Tartu_linnavalitsus, lk 7
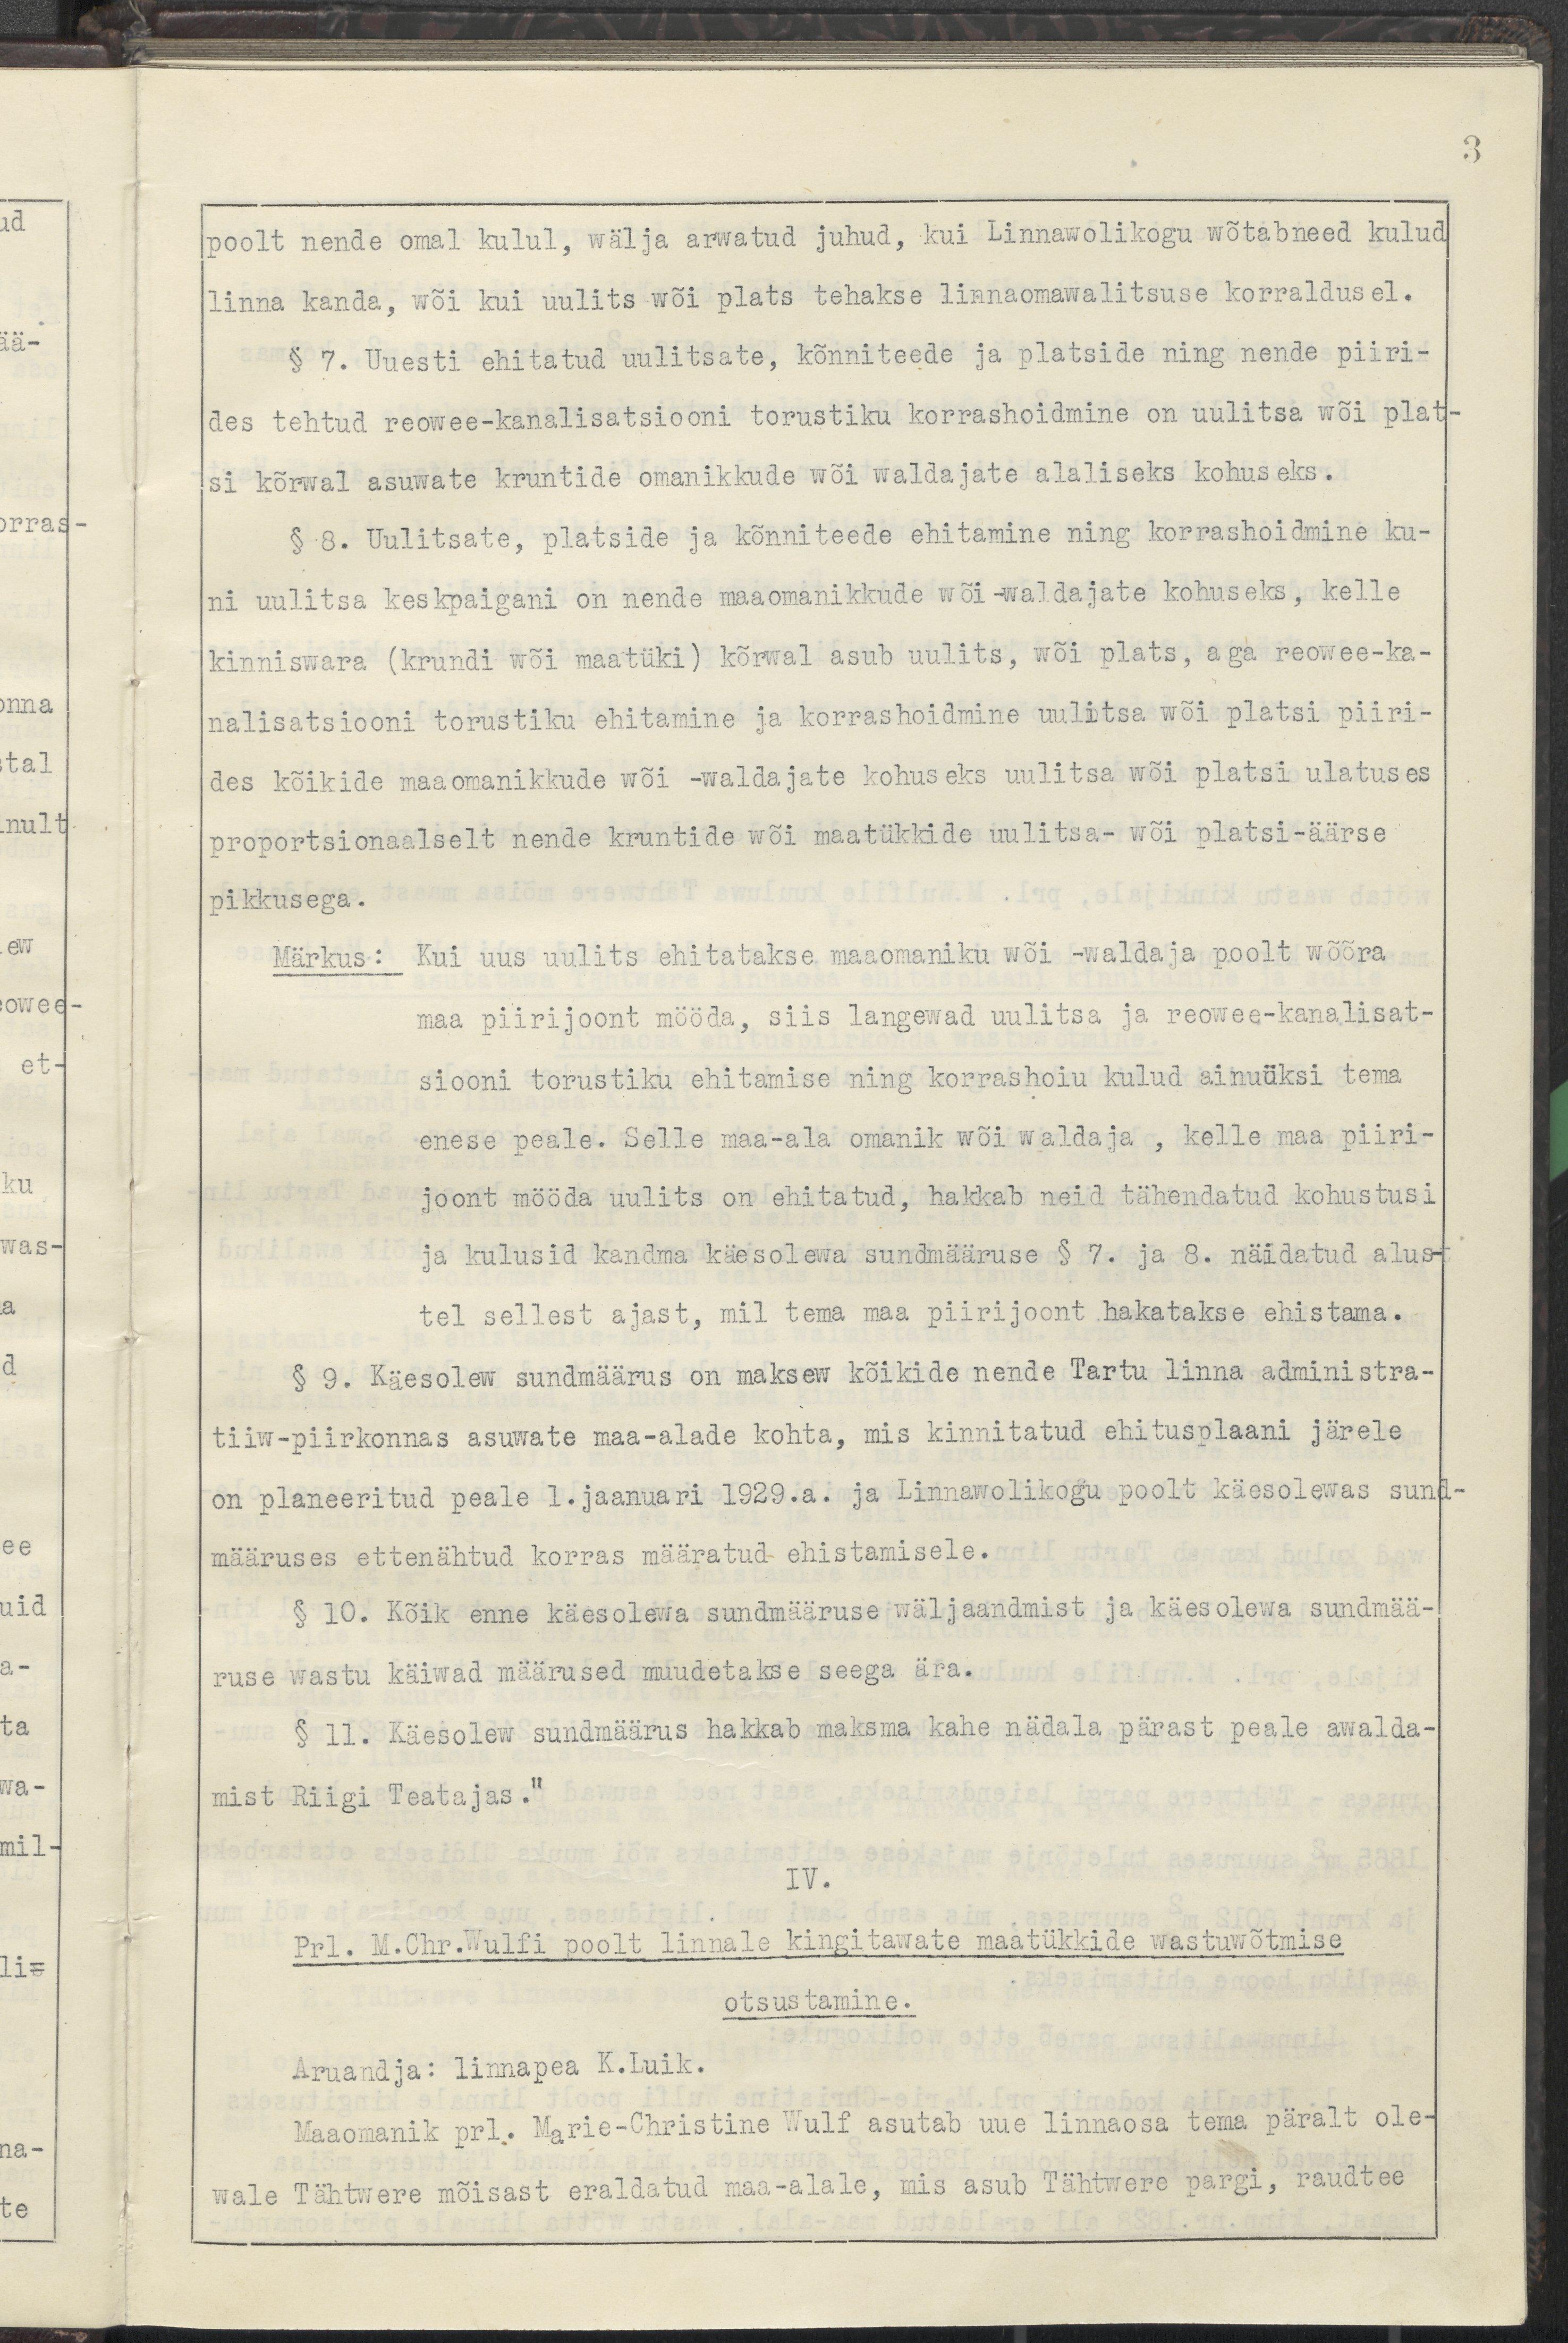
3
poolt nende omal kulul, wälja arwatud juhud, kui Linnawolikogu wõtab need kulud
linna kanda, wõi kui uulits wõi plats tehakse linnawalitsuse korraldusel.
§ 7. Uuesti ehitatud uulitsate, kõnniteede ja platside ning nende piiri-
des tehtud reowee-kanalisatsiooni torustiku korrashoidmine on uulitsa wõi plat-
si kõrwal asuwate kruntide omanikkude wõi waldajate alaliseks kohuseks.
§ 8. Uulitsate, platside ja kõnniteede ehitamine ning korrashoidmine ku-
ni uulitsa keskpaigani on nende maaomanikkude wõi -waldajate kohuseks, kelle
kinniswara (krundi wõi maatüki) kõrwal asub uulits, wõi plats, aga reowee-ka-
nalisatsiooni torustiku ehitamine ja korrashoidmine uulitsa wõi platsi piiri-
des kõikide maaomanikkude wõi waldajate kohuseks uuliitsa wõi platsi ulatuses
proportsionaalselt nende kruntide wõi maatükkide uulitsa- wõi platsi-äärse
pikkusega.
Märkus: Kui uus uulits ehitatakse maaomaniku wõi -waldaja poolt wõõra
maa piirjoont mööda, siis langewad uulitsa ja reowee-kanalisat-
siooni torustiku ehitamise ning korrashoiu kulud ainuüksi tema
enese peale. Selle maa-ala omanik wõi waldaja , kelle maa piiri-
joont mööda uulits on ehitatud, hakkab neid tähendatud kohustusi
ja kulusid kandma käesolewa sundmääruse § 7. ja 8. näidatud alus-
tel sellest ajast, mil tema maa piirjoont hakatakse ehistama.
§ 9. Käesolew sundmäärus on maksew kõikide nende Tartu linna administra-
tiiw piirkonnas asuwate maa-alade kohta, mis kinnittaud ehitusplaani järele
on planeeritud peale 1. jaanuari 1929. a. ja Linnawolikogu poolt käesolewas sund-
määruses ettenähtud korras määratud ehistamisele.
§ 10. Kõik enne käesolewa sundmääruse wäljaandmist ja käesolewa sundmää-
ruse wastu käiwad määrused muudetakse seega ära§ 11. Käesolew sundmäärus hakkab maksma kahe nädala pärast peale awal
§ 11. Käesolew sundmäärus hakkab maksma kahe nädala pärast peale awalda-
mist Riigi Teatajas."
IV.
Prl. M. Chr. Wulfi poolt linnale kingitawate maatükkide wastuwõtmise
otsustamine.
Aruandja: linnapea K. Luik.
Kaasomanik prl. Marie-Christine Wulf asutab uue linnaosa tema päralt ole-
wale Tähtwere mõisast eraldatud maa-alale, mis asub Tähtwere pargi, raudtee